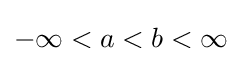
-\infty <a<b<\infty